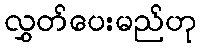
လွှတ်ပေးမည်ဟု